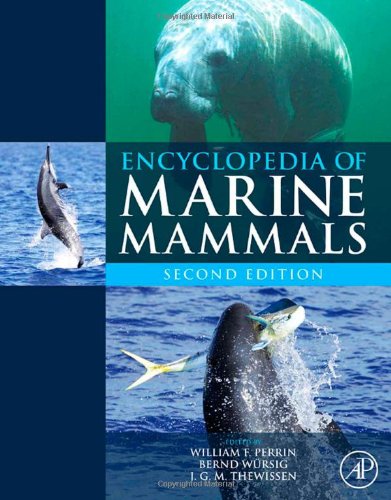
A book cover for Encyclopedia of Marine Mammals, Second Edition; Science & Math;